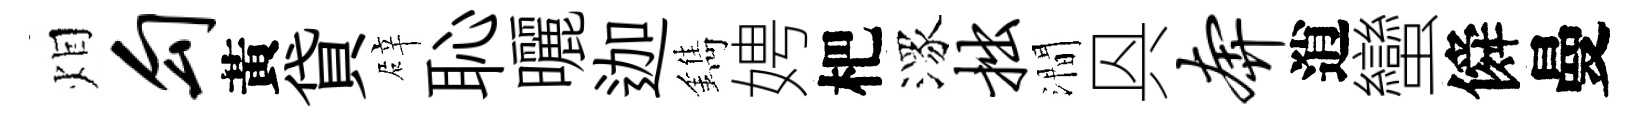
𤇆勾黃貸辟恥曬迦鐫娉杷潈拙澗㒷奔逍蠻僢曼